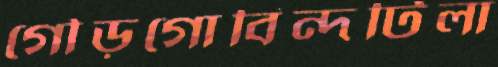
গৌড়গোবিন্দটিলা